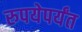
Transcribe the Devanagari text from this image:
रुपयेपर्यंत